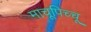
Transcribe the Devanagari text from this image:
माचूपिच्चू